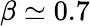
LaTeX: \beta\simeq 0.7